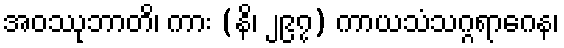
အဝဿုဘာတိ၊ ကား (နိ၊ ၂၉၇) ကာယသံသဂ္ဂရာဂေန၊